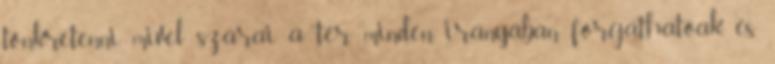
tönkretenni, mivel szárai a tér minden irányában forgathatóak, és